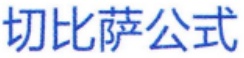
切比萨公式